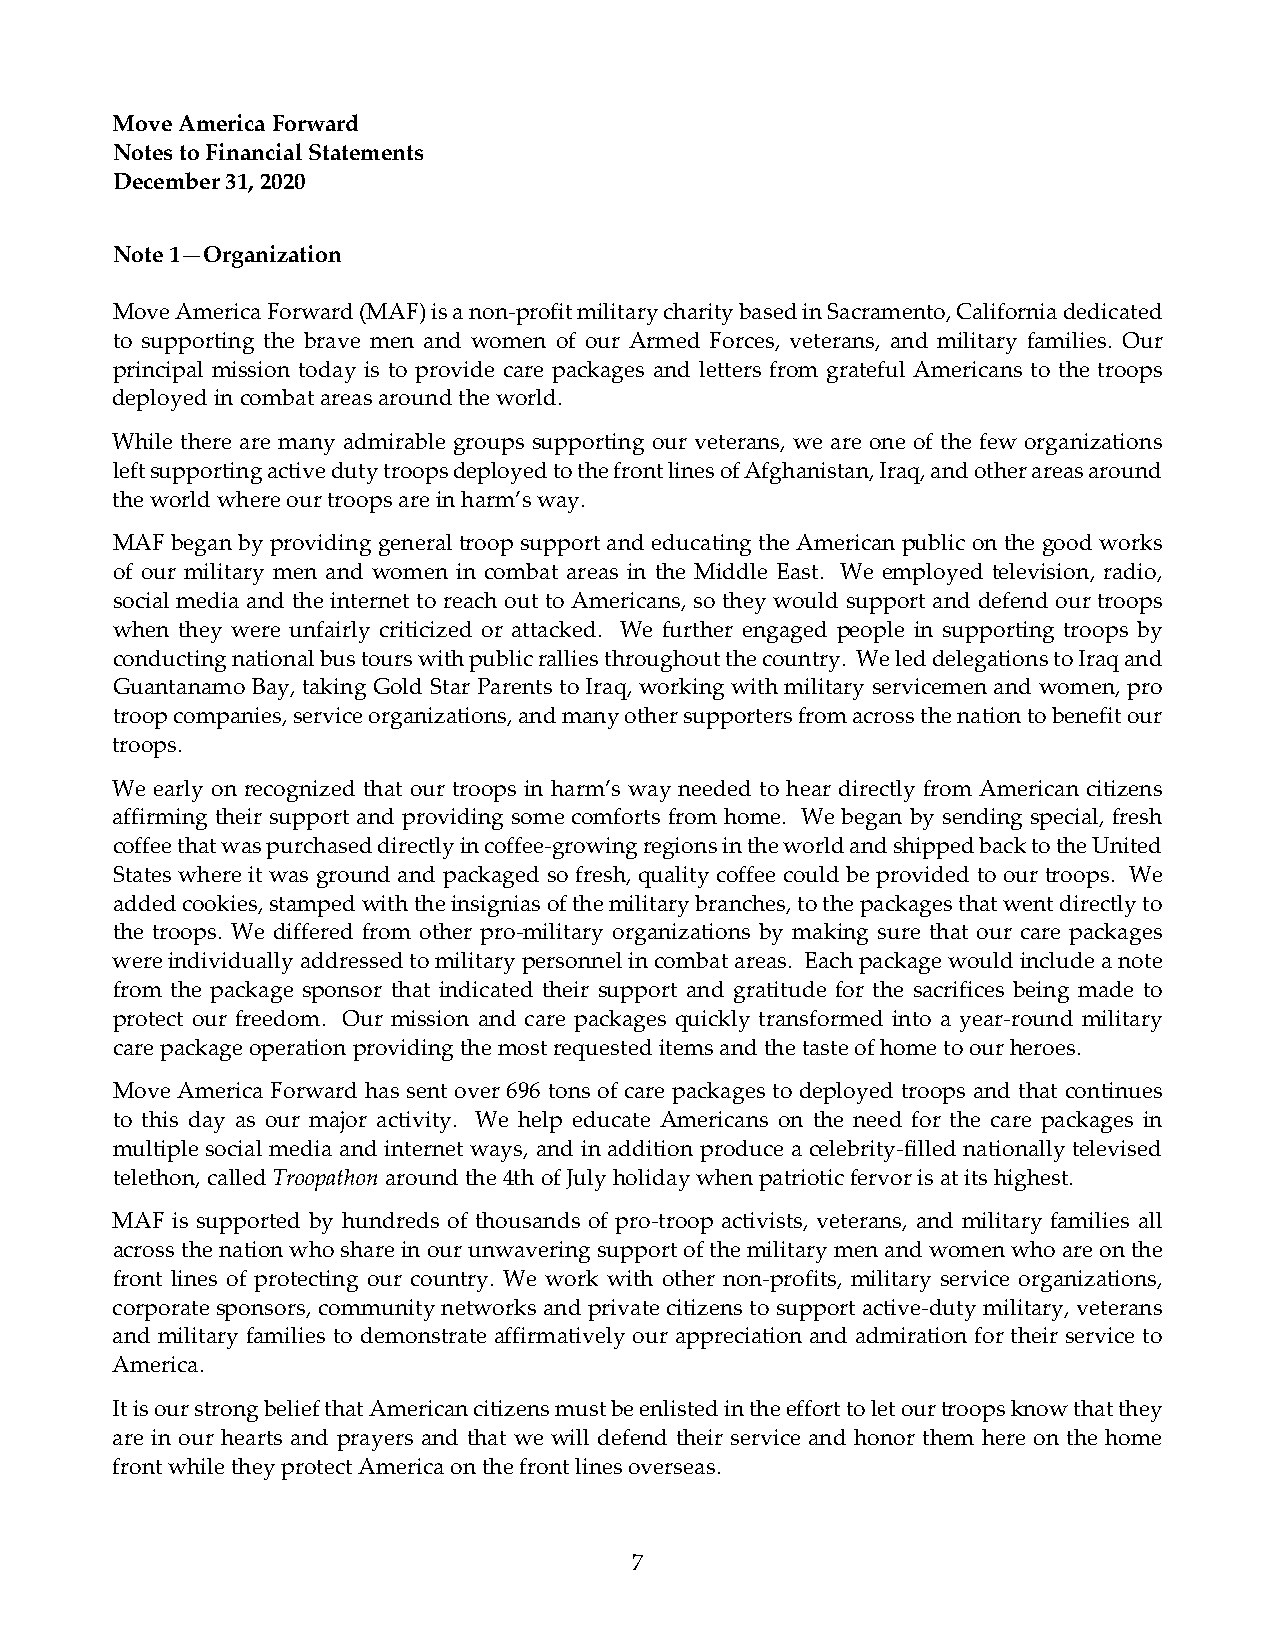
Move America Forward
 Notes to Financial Statements
 December 31, 2020
 Note 1—Organization
 Move America Forward (MAF) is a non‐profit military charity based in Sacramento, California dedicated
 to supporting the brave men and women of our Armed Forces, veterans, and military families. Our
 principal mission today is to provide care packages and letters from grateful Americans to the troops
 deployed in combat areas around the world.
 While there are many admirable groups supporting our veterans, we are one of the few organizations
 left supporting active duty troops deployed to the front lines of Afghanistan, Iraq, and other areas around
 the world where our troops are in harm’s way.
 MAF began by providing general troop support and educating the American public on the good works
 of our military men and women in combat areas in the Middle East. We employed television, radio,
 social media and the internet to reach out to Americans, so they would support and defend our troops
 when they were unfairly criticized or attacked. We further engaged people in supporting troops by
 conducting national bus tours with public rallies throughout the country. We led delegations to Iraq and
 Guantanamo Bay, taking Gold Star Parents to Iraq, working with military servicemen and women, pro
 troop companies, service organizations, and many other supporters from across the nation to benefit our
 troops.
 We early on recognized that our troops in harm’s way needed to hear directly from American citizens
 affirming their support and providing some comforts from home. We began by sending special, fresh
 coffee that was purchased directly in coffee‐growing regions in the world and shipped back to the United
 States where it was ground and packaged so fresh, quality coffee could be provided to our troops. We
 added cookies, stamped with the insignias of the military branches, to the packages that went directly to
 the troops. We differed from other pro‐military organizations by making sure that our care packages
 were individually addressed to military personnel in combat areas. Each package would include a note
 from the package sponsor that indicated their support and gratitude for the sacrifices being made to
 protect our freedom. Our mission and care packages quickly transformed into a year‐round military
 care package operation providing the most requested items and the taste of home to our heroes.
 Move America Forward has sent over 696 tons of care packages to deployed troops and that continues
 to this day as our major activity. We help educate Americans on the need for the care packages in
 multiple social media and internet ways, and in addition produce a celebrity‐filled nationally televised
 telethon, called Troopathon around the 4th of July holiday when patriotic fervor is at its highest.
 MAF is supported by hundreds of thousands of pro‐troop activists, veterans, and military families all
 across the nation who share in our unwavering support of the military men and women who are on the
 front lines of protecting our country. We work with other non‐profits, military service organizations,
 corporate sponsors, community networks and private citizens to support active‐duty military, veterans
 and military families to demonstrate affirmatively our appreciation and admiration for their service to
 America.
 It is our strong belief that American citizens must be enlisted in the effort to let our troops know that they
 are in our hearts and prayers and that we will defend their service and honor them here on the home
 front while they protect America on the front lines overseas.
 7